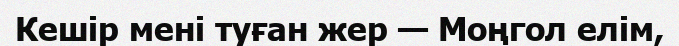
Кешір мені туған жер — Моңгол елім,